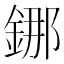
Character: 𰼴